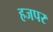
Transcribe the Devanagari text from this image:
हजपर